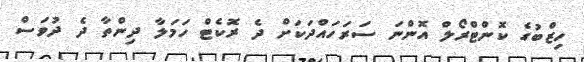
ހިޒްބުގެ ކޮންޓްރޯލް އޮންނަ ސަރަހައްދަކަށް ދެ ރޮކެޓް ހަމަލާ ދިންތާ ދެ ދުވަސް